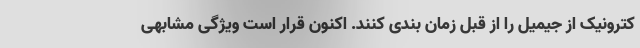
کترونیک از جیمیل را از قبل زمان بندی کنند. اکنون قرار است ویژگی مشابهی